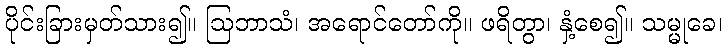
ပိုင်းခြားမှတ်သား၍။ ဩဘာသံ၊ အရောင်တော်ကို။ ဖရိတွာ၊ နှံ့စေ၍။ သမ္မုခေ၊